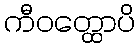
ကီဝတ္ထောပိ